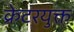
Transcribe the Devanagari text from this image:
क्रेटरयुक्त